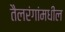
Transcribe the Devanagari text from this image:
तैलरंगांमधील